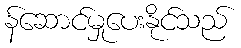
န်ဆောင်မှုပေးနိုင်သည်